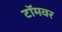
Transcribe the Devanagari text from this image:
टॉमवर